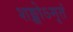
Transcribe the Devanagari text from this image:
शङ्खोऽमृतं